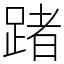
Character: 踷